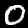
Digit: 0